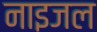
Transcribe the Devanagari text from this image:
नाइजल